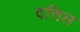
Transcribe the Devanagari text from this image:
दत्तिल